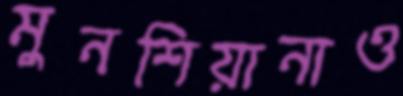
মুনশিয়ানাও